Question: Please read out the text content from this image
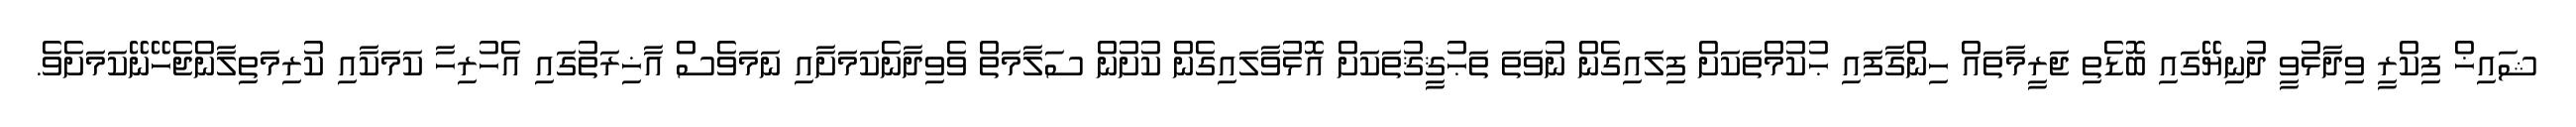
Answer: ޝައިޚް ފިކްރީ ވިދާޅުވީ ދުނިޔޭގައި ބޮޑެތި ޖަރީމާތައް ހިންގާފައި ޙުކުމްތަކަށް ފިލައިގެން ނުވަތަ ތަޙުޤީޤުތަކަށް އޮޅުވާލައިގެން ކުށުން ސަލާމަތް ވެވިދާނެކަމަށާއި ނަމަވެސް އާޚިރަތުގައި އެހުރިހާ ކަމަކާއި ކުރިމަތިލާންޖެހޭނޭކަމަށެވެ.